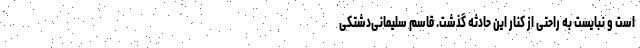
است و نبایست به راحتی از کنار این حادثه گذشت. قاسم سلیمانی‌دشتکی